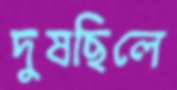
দুষছিলে